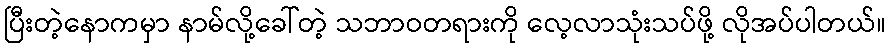
ပြီးတဲ့နောကမှာ နာမ်လို့ခေါ်တဲ့ သဘာဝတရားကို လေ့လာသုံးသပ်ဖို့ လိုအပ်ပါတယ်။